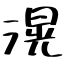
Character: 滉